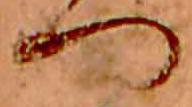
つ